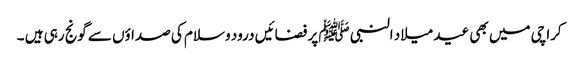
کراچی میں بھی عید میلاد النبی ﷺ پر فضائیں درود وسلام کی صداؤں سے گونج رہی ہیں ۔